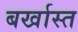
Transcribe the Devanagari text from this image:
बर्खास्त